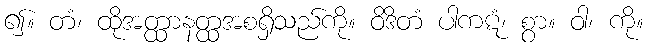
၍။ တံ၊ ထိုအတ္ထာနတ္ထအစရှိသည်ကို။ ဝိဒိတံ ပါကဋံ၊ စွာ။ ဝါ၊ ကို။